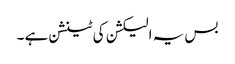
بس یہ الیکشن کی ٹینشن ہے ۔